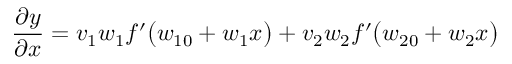
\frac { \partial y } { \partial x } = v _ { 1 } w _ { 1 } f ^ { \prime } \big ( w _ { 1 0 } + w _ { 1 } x \big ) + v _ { 2 } w _ { 2 } f ^ { \prime } \big ( w _ { 2 0 } + w _ { 2 } x \big )